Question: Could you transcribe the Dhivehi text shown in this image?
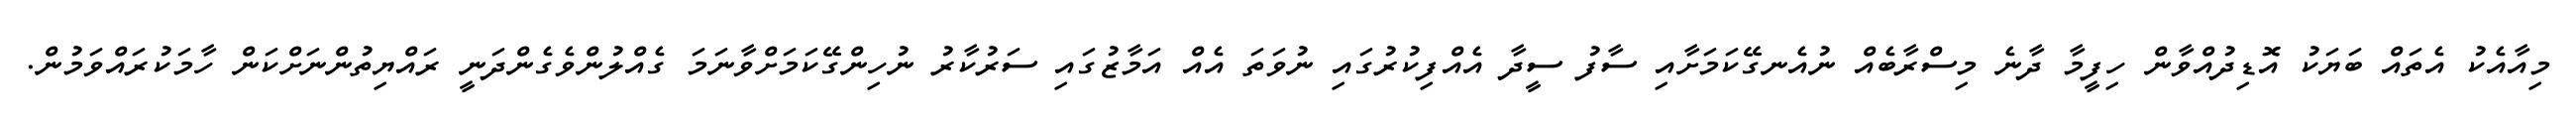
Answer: މިއާއެކު އެތައް ބަޔަކު އޮޑިދުއްވާން ހިފީމާ ދާނެ މިސްރާބެއް ނުއެނގޭކަމަށާއި ސާފު ސީދާ އެއްފިކުރުގައި ނުވަތަ އެއް އަމާޒުގައި ސަރުކާރު ނުހިންގޭކަމަށްވާނަމަ ގެއްލުންވެގެންދަނީ ރައްޔިތުންނަށްކަން ހާމަކުރައްވަމުން.